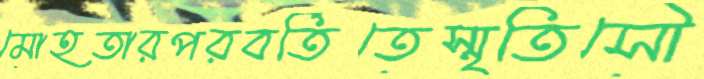
মোহতারপরবর্তিতেস্মৃতিসৌ